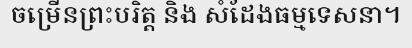
ចម្រើនព្រះបរិត្ត និង សំដែងធម្មទេសនា។